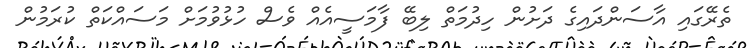
ތެރޭގައި އާސަންދައިގެ ދަށުން ހިދުމަތް ލިބޭ ފާމަސީއެއް ވެސް ހުޅުވުމަށް މަސައްކަތް ކުރަމުން